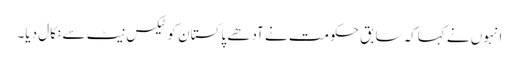
انہوں نے کہاکہ سابق حکومت نے آدھے پاکستان کو ٹیکس نیٹ سے نکال دیا۔